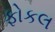
ફોકલ